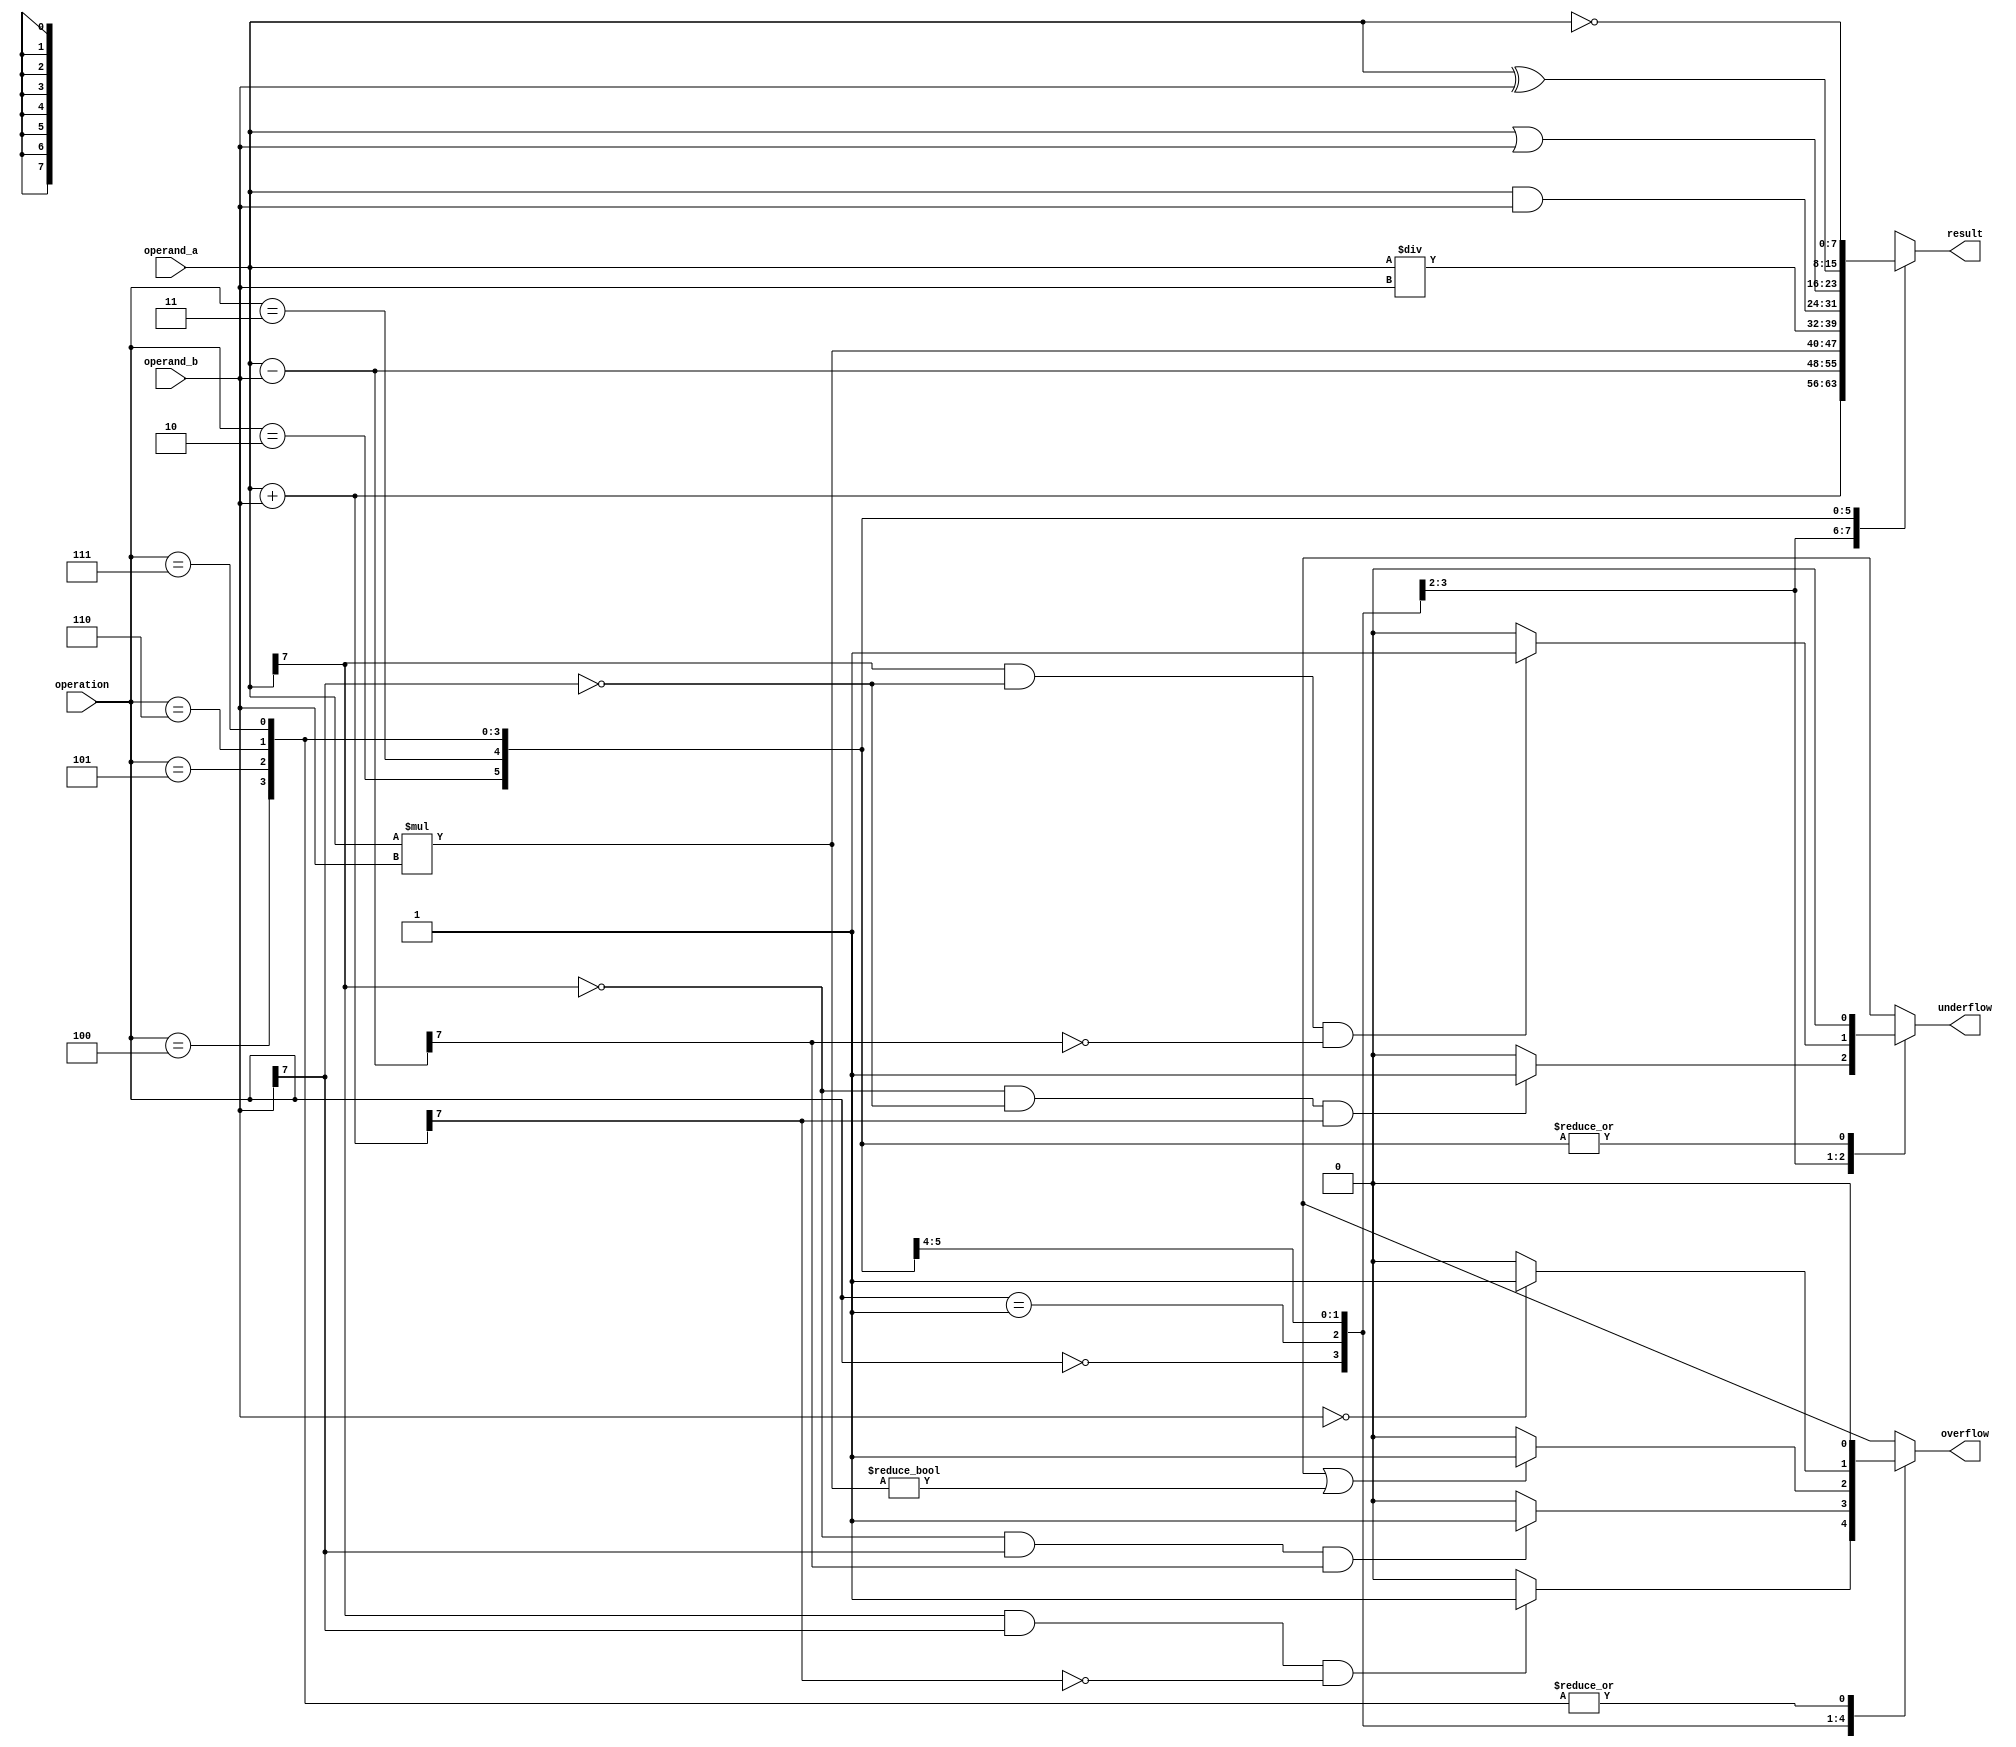
module ALU (
    input [7:0] operand_a,
    input [7:0] operand_b,
    input [2:0] operation,
    output reg [7:0] result,
    output reg overflow,
    output reg underflow
);

always @(*) begin
    overflow = 0;
    underflow = 0;
    case(operation)
        3'b000: begin // Addition
            result = operand_a + operand_b;
            if(operand_a[7] && operand_b[7] && !result[7])
                overflow = 1;
            if(!operand_a[7] && !operand_b[7] && result[7])
                underflow = 1;
        end
        3'b001: begin // Subtraction
            result = operand_a - operand_b;
            if(!operand_a[7] && operand_b[7] && result[7])
                overflow = 1;
            if(operand_a[7] && !operand_b[7] && !result[7])
                underflow = 1;
        end
        3'b010: begin // Multiplication
            result = operand_a * operand_b;
            if(result[15:8] != 8'b0 || result[7:0] != 8'b0)
                overflow = 1;
        end
        3'b011: begin // Division
            result = operand_a / operand_b;
            if(operand_b == 8'b0)
                overflow = 1;
        end
        3'b100: begin // AND
            result = operand_a & operand_b;
        end
        3'b101: begin // OR
            result = operand_a | operand_b;
        end
        3'b110: begin // XOR
            result = operand_a ^ operand_b;
        end
        3'b111: begin // NOT
            result = ~operand_a;
        end
    endcase
end

endmodule